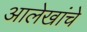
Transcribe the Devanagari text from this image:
आलेखांचे